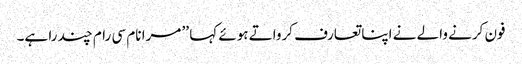
فون کرنے والے نے اپنا تعارف کرواتے ہوئے کہا ’’ مرا نام سی رام چند را ہے۔